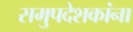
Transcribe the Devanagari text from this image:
समुपदेशकांना